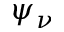
\psi _ { \nu }